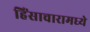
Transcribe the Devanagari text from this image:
हिंसाचारामध्ये